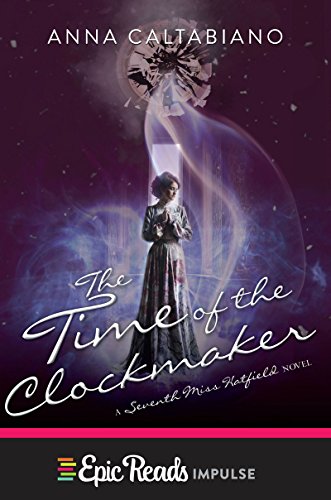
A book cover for The Time of the Clockmaker (Seventh Miss Hatfield); Anna Caltabiano; Teen & Young Adult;